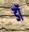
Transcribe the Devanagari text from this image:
डॉ